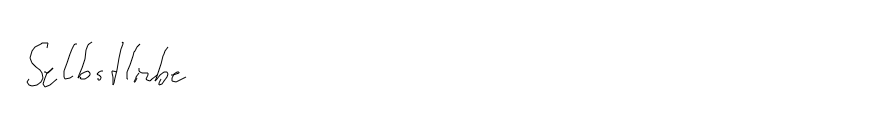
Selbstliebe